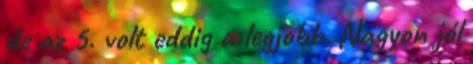
de az 5. volt eddig a legjobb. Nagyon jól